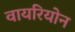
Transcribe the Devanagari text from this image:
वायरियोन